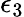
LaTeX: \epsilon_{3}